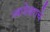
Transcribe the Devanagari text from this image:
व्याडेश्वराचे